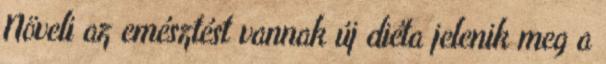
Növeli az emésztést vannak új diéta jelenik meg a